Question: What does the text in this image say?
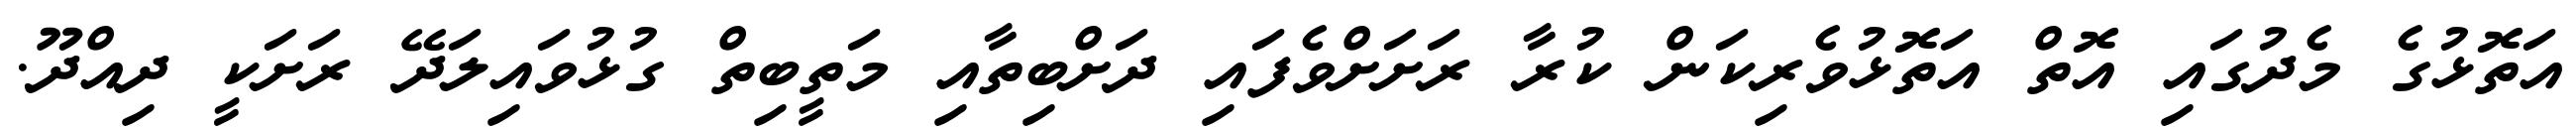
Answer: އަތޮޅުގެ މެދުގައި އޮތް އަތޮޅުވެރިކަން ކުރާ ރަށަށްވެފައި ދަށްބިތާއި މަތީބިތް ގުޅުވައިލަދޭ ރަށަކީ ދިއްދޫ.